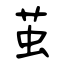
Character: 茧